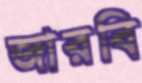
জারবি